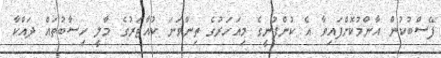
ފޭސްބުކުން އާންމުކޮށްފައިވާ އެ ކުންފުނީގެ މިއަހަރުގެ ތިންވަނަ ކުއާޓަރުގެ މާލީ ހިސާބުތައް ދައްކާ